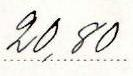
20,80